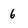
Character: 6